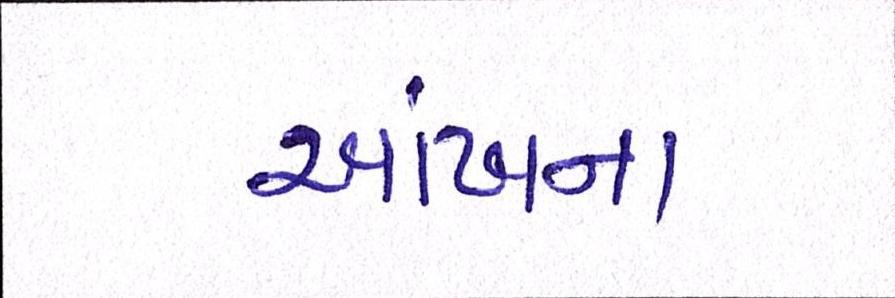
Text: આંખના